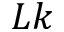
L k